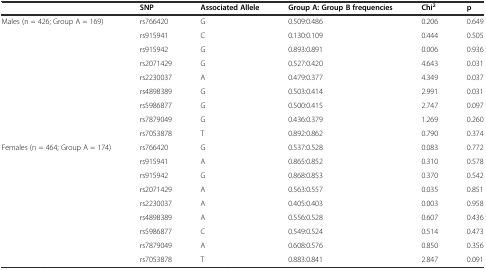
<table><thead><tr><td></td><td><b>SNP</b></td><td><b>Associated Allele</b></td><td><b>Group A: Group B frequencies</b></td><td><b>Chi<sup>2</sup></b></td><td><b>p</b></td></tr></thead><tbody><tr><td rowspan="5">Males (n = 426; Group A = 169)</td><td>rs766420</td><td>G</td><td>0.509:0.486</td><td>0.206</td><td>0.649</td></tr><tr><td>rs915941</td><td>C</td><td>0.130:0.109</td><td>0.444</td><td>0.505</td></tr><tr><td>rs915942</td><td>G</td><td>0.893:0.891</td><td>0.006</td><td>0.936</td></tr><tr><td>rs2071429</td><td>G</td><td>0.527:0.420</td><td>4.643</td><td>0.031</td></tr><tr><td>rs2230037</td><td>A</td><td>0.479:0.377</td><td>4.349</td><td>0.037</td></tr><tr><td></td><td>rs4898389</td><td>G</td><td>0.503:0.414</td><td>2.991</td><td>0.031</td></tr><tr><td></td><td>rs5986877</td><td>G</td><td>0.500:0.415</td><td>2.747</td><td>0.097</td></tr><tr><td></td><td>rs7879049</td><td>G</td><td>0.436:0.379</td><td>1.269</td><td>0.260</td></tr><tr><td></td><td>rs7053878</td><td>T</td><td>0.892:0.862</td><td>0.790</td><td>0.374</td></tr><tr><td rowspan="5">Females (n = 464; Group A = 174)</td><td>rs766420</td><td>G</td><td>0.537:0.528</td><td>0.083</td><td>0.772</td></tr><tr><td>rs915941</td><td>A</td><td>0.865:0.852</td><td>0.310</td><td>0.578</td></tr><tr><td>rs915942</td><td>G</td><td>0.868:0.853</td><td>0.370</td><td>0.542</td></tr><tr><td>rs2071429</td><td>A</td><td>0.563:0.557</td><td>0.035</td><td>0.851</td></tr><tr><td>rs2230037</td><td>A</td><td>0.405:0.403</td><td>0.003</td><td>0.958</td></tr><tr><td></td><td>rs4898389</td><td>A</td><td>0.556:0.528</td><td>0.607</td><td>0.436</td></tr><tr><td></td><td>rs5986877</td><td>C</td><td>0.549:0.524</td><td>0.514</td><td>0.473</td></tr><tr><td></td><td>rs7879049</td><td>A</td><td>0.608:0.576</td><td>0.850</td><td>0.356</td></tr><tr><td></td><td>rs7053878</td><td>T</td><td>0.883:0.841</td><td>2.847</td><td>0.091</td></tr></tbody></table>